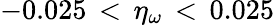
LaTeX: -0.025\, <\, \eta_{\omega}\, <\, 0.025